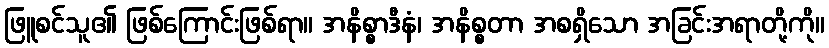
ဖြူစင်သူ၏ ဖြစ်ကြောင်းဖြစ်ရာ။ အနိစ္စာဒီနံ၊ အနိစ္စတာ အစရှိသော အခြင်းအရာတို့ကို။